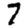
Digit: 7